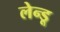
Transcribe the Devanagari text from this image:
लेन्डू